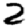
Digit: 2